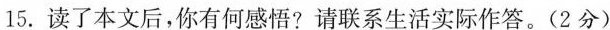
15.读了本文后，你有何感悟?请联系生活实际作答。(2分)